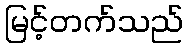
မြင့်တက်သည်